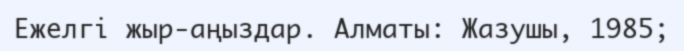
Ежелгі жыр-аңыздар. Алматы: Жазушы, 1985;